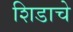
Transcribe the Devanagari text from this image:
शिडाचे